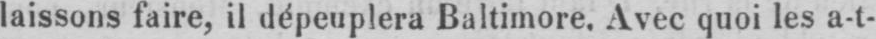
laissons faire, il dépeuplera Baltimore. Avec quoi les a-t-